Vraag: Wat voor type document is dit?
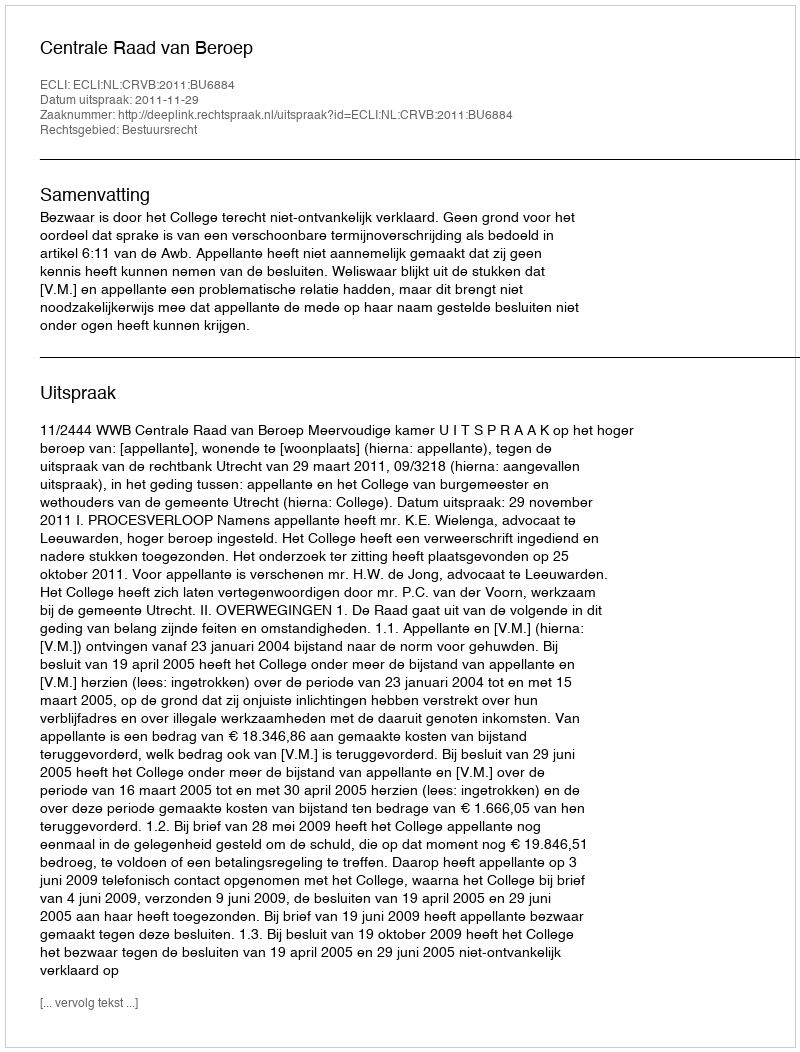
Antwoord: Uitspraak